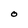
Character: O